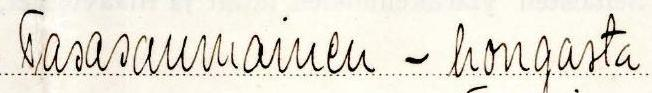
Tasasaumainen - hongasta